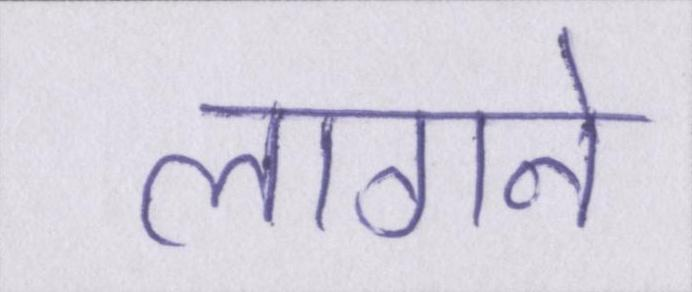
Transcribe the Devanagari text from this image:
लागने